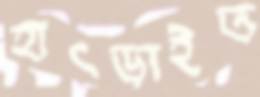
হাৎড়াইত